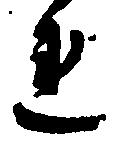
れ